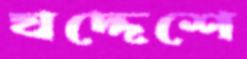
যদ্দেশে